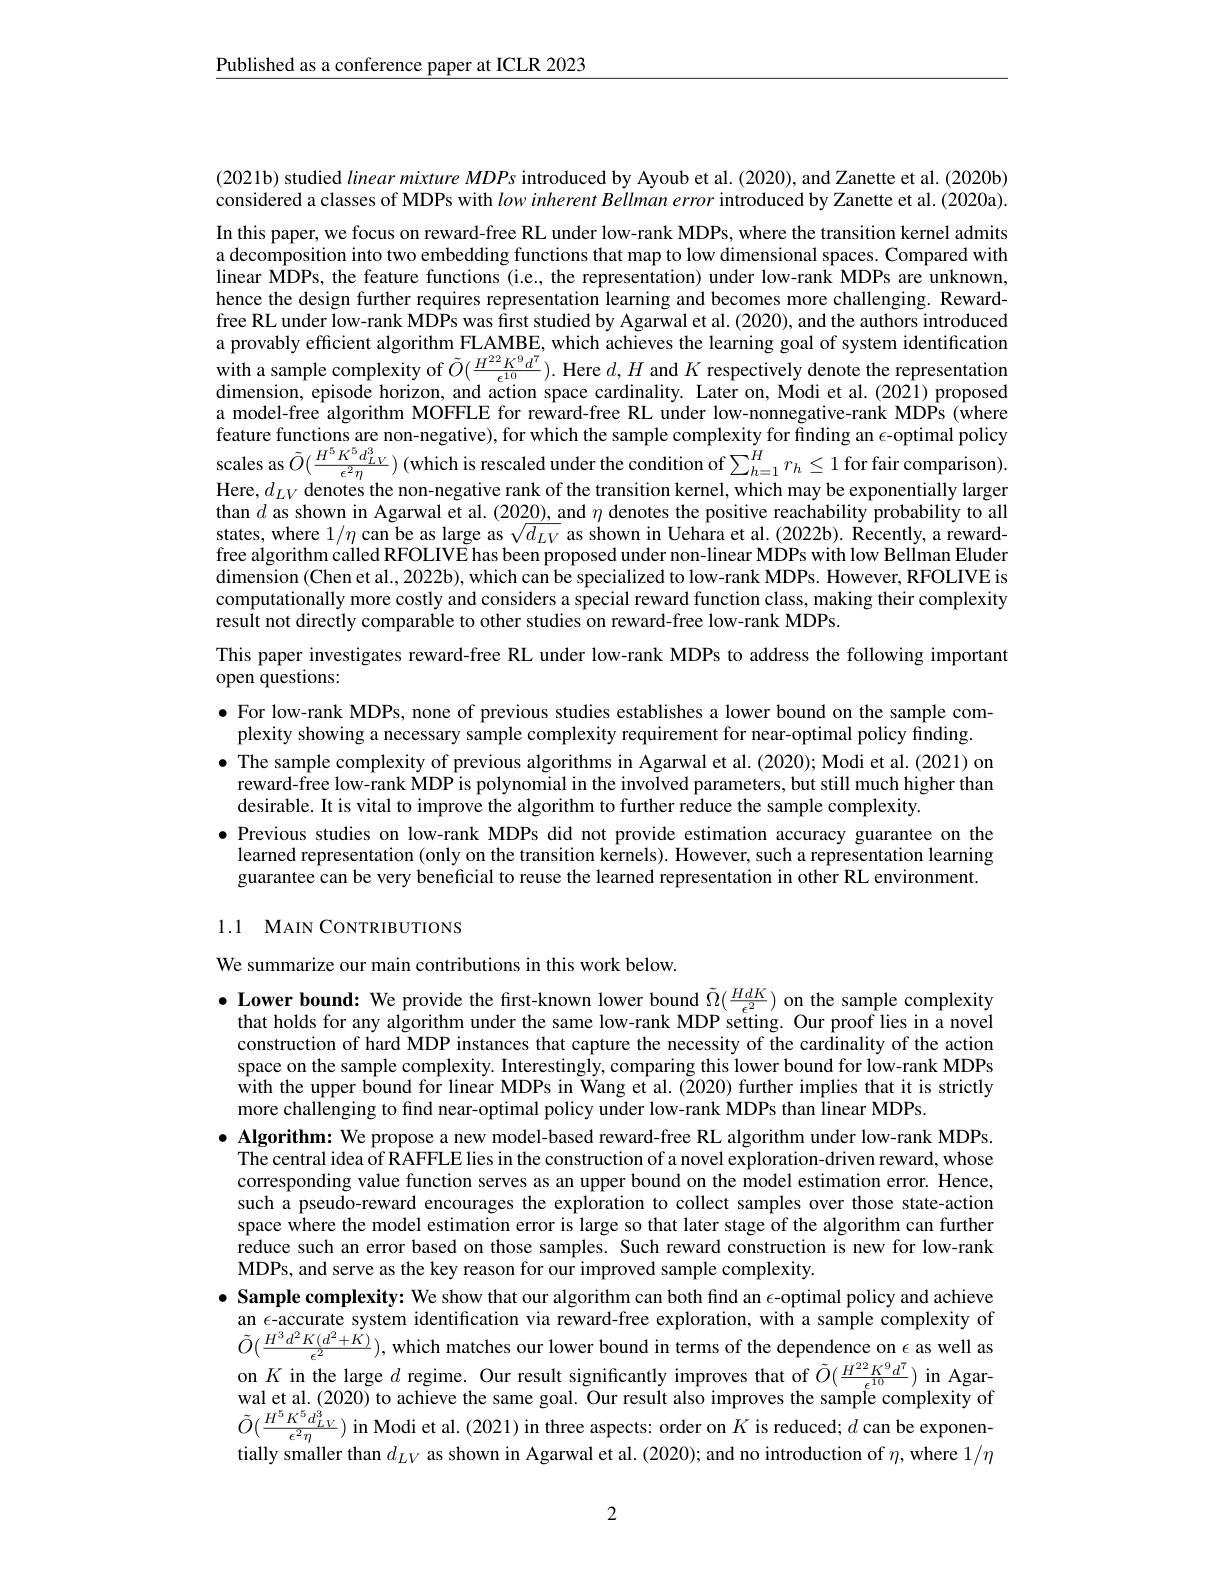
$\underline{\text{Published as a conference paper at ICLR 2023}}$

(2021b) studied linearmixture MDPs introduced by Ayoub et al. (2020), and Zanette et al. (2020b) considered a classes of MDPs with low inherent Bellman error introduced by Zanette et al. (2020a). In this paper, we focus on reward-free RL under low-rank MDPs, where the transition kernel admits a decomposition into two embedding functions that map to low dimensional spaces. Compared with linear MDPs, the feature functions (i.e, the representation) under low-rank MDPs are unknown, hence the design further requires representation learning and becomes more challenging. Rewardfree RL under low-rank MDPs was first studied by Agarwal et al. (2020), and the authors introduced a provably efficient algorithm FLAMBE, which achieves the learning goal of system identification with a sample complexity of $\tilde{O}(\frac{H^{22}K^{9}d^{7}}{\epsilon^{10}}).$ Here $d,H$ and $K$ respectively denote the representation dimension, episode horizon, and action space cardinality. Later on, Modi et al.(2021) proposed a model-free algorithm MOFFLE for reward-free RL under low-nonnegative-rank MDPs (where feature functions are non-negative), for which the sample complexity for finding an $\epsilon$-optimal policy scales as $\tilde{O}(\frac{H^{5}K^{5}d_{LV}^{3}}{\epsilon^{2}\eta})\left(\text{which is rescaled under the condition of}\sum_{h=1}^{H}r_{h}\leq1\text{ for fair comparison}\right).$ Here, $d_LV$ denotes the non-negative rank of the transition kernel, which may be exponentially larger than $d$ as shown in Agarwal et al. (2020), and $\eta$ denotes the positive reachability probability to all states, where $1/\eta$ can be as large as $\sqrt{d_{LV}}$ as shown in Uehara et al.(2022b). Recently, a rewardfree algorithm called RFOLIVE has been proposed under non-linear MDPs with low Bellman Eluder $\tilde{\text{dimension(Chen et al., 2022b), which can be specialized to low-rank MDPs. However, RFOLIVE is}}$ computationally more costly and considers a special reward function class, making their complexity result not directly comparable to other studies on reward-free low-rank MDPs.

This paper investigates reward-free RL under low-rank MDPs to address the following important

open questions:

$\bullet$ For low-rank MDPs, none of previous studies establishes a lower bound on the sample com-
plexity showing a necessary sample complexity requirement for near-optimal policy finding.
$\bullet$ The sample complexity of previous algorithms in Agarwal et al.(2020); Modi et al.(2021) on
reward-free low-rank MDP is polynomial in the involved parameters, but still much higher than
desirable. It is vital to improve the algorithm to further reduce the sample complexity.
$\bullet$ Previous studies on low-rank MDPs did not provide estimation accuracy guarantee on the learned representation (only on the transition kernels). However, such a representation learning guarantee can be very beneficial to reuse the learned representation in other RL environment. 1.1 MAIN CONTRIBUTIONS

We summarize our main contributions in this work below.

$\bullet$ Lower bound: We provide the first-known lower bound $\tilde{\Omega}(\frac{HdK}{\epsilon^2})$ on the sample complexity
that holds for any algorithm under the same low-rank MDP setting. Our proof lies in a novel construction of hard MDP instances that capture the necessity of the cardinality of the action space on the sample complexity. Interestingly, comparing this lower bound for low-rank MDPs $\hat{\text{with the upper bound for linear MDPs in Wang et al.(2020) further implies that it is strictly}}$ more challenging to find near-optimal policy under low-rank MDPs than linear MDPs.
$\bullet$ Algorithm: We propose a new model-based reward-free RL algorithm under low-rank MDPs.
The central idea of RAFFLE lies in the construction of a novel exploration-driven reward, whose corresponding value function serves as an upper bound on the model estimation error. Hence, such a pseudo-reward encourages the exploration to collect samples over those state-action space where the model estimation error is large so that later stage of the algorithm can further reduce such an error based on those samples. Such reward construction is new for low-rank MDPs, and serve as the key reason for our improved sample complexity.
$\bullet$ Sample complexity: We show that our algorithm can both find an $\epsilon$-optimal policy and achieve an $\epsilon$-accurate system identification via reward-free exploration, with a sample complexity of $\tilde{O}(\frac{H^{3}d^{2}K(d^{2}+K)}{\epsilon^{2}})$, which matches our lower bound in terms of the dependence on $\epsilon$ as well as on $K$ in the large $d$ regime. Our result significantly improves that of $\tilde{O}(\frac{H^{22}K^{9}d^{7}}{\epsilon^{10}})$ in Agarwal et al. (2020) to achieve the same goal. Our result also improves the sample complexity of $\tilde{O}(\frac{H^{5}K^{5}d_{LV}^{3}}{\epsilon^{2}\eta})$ in Modi et al. (2021) in three aspects: order on $K$ is reduced; $d$ can be exponentially smaller than $d_{LV}$ as shown in Agarwal et al. (2020); and no introduction of $\eta$, where $1/\eta$

2